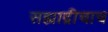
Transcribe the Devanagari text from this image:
सह्याद्रीचाच